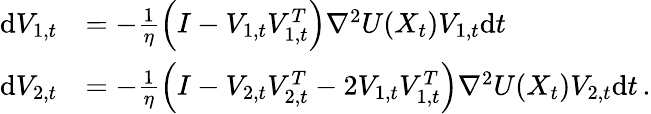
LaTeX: \begin{array}{rl}{\mathrm{d}V_{1,t}}&{=-\frac{1}\eta\left(I-V_{1,t}V_{1,t}^{T}\right)\nabla^{2}U(X_{t})V_{1,t}\mathrm{d}t}\\ {\mathrm{d}V_{2,t}}&{=-\frac{1}\eta\left(I-V_{2,t}V_{2,t}^{T}-2V_{1,t}V_{1,t}^{T}\right)\nabla^{2}U(X_{t})V_{2,t}\mathrm{d}t\, .}\end{array}